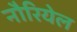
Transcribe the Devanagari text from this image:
नौरियेल